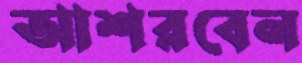
আশরবেন